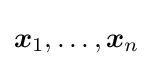
{\boldsymbol {x}}_{1},\dots ,{\boldsymbol {x}}_{n}